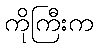
ကိုကြီးက